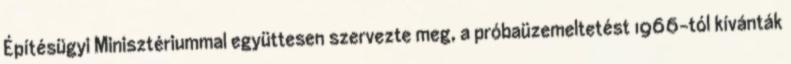
Építésügyi Minisztériummal együttesen szervezte meg, a próbaüzemeltetést 1966-tól kívánták